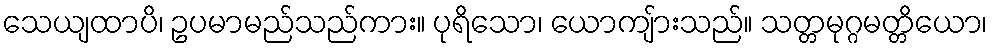
သေယျထာပိ၊ ဥပမာမည်သည်ကား။ ပုရိသော၊ ယောကျ်ားသည်။ သတ္တမုဂ္ဂမတ္တိယော၊